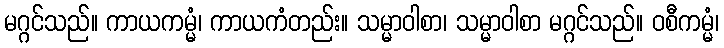
မဂ္ဂင်သည်။ ကာယကမ္မံ၊ ကာယကံတည်း။ သမ္မာဝါစာ၊ သမ္မာဝါစာ မဂ္ဂင်သည်။ ဝစီကမ္မံ၊